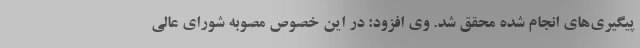
پیگیری‌های انجام شده محقق شد. وی افزود: در این خصوص مصوبه شورای عالی